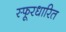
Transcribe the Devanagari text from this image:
स्फूरधारित